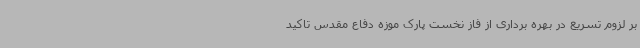
بر لزوم تسریع در بهره برداری از فاز نخست پارک موزه دفاع مقدس تاکید